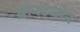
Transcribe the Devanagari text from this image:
ऑस्ट्योर